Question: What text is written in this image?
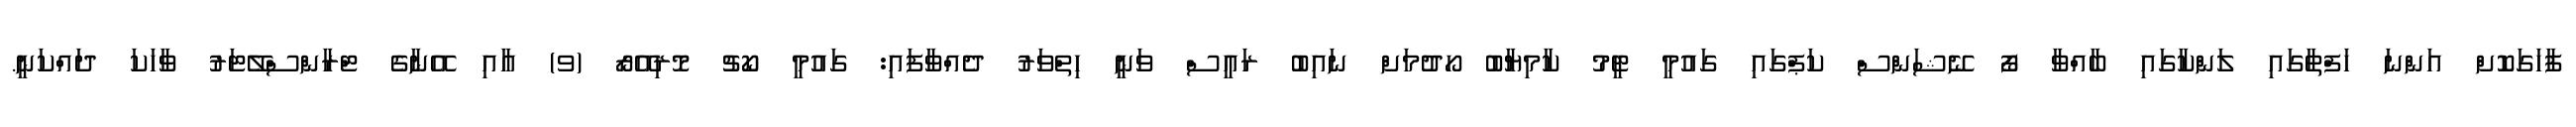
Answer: ފާހަގަކޮށް އަންނަ ހަފްތާގައި ލަންކާގައި ބާއްވާ ފޯ ނޭޝަންސް ކަޕްގައި ގައުމީ ޓީމު ކާމިޔާބު ހޯދުމަށް ނައިބު ރައީސް ވަނީ ހިތްވަރު ދެއްވާފައި: ގައުމީ ކޯޗު މޮރިއޭރޯ (ވ) އާއި އޭނާގެ ޓްރާންސްލޭޓަރު ވާހަކަ ދައްކަނީ.